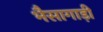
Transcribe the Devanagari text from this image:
भैसागाड़ी